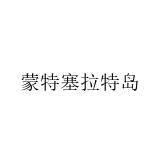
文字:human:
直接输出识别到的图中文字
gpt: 蒙特塞拉特岛